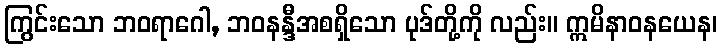
ကြွင်းသော ဘဝရာဂေါ, ဘဝနန္ဒီအစရှိသော ပုဒ်တို့ကို လည်း။ ဣမိနာဝနယေန၊